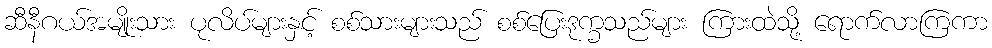
ဆီနီဂယ်အမျိုးသား ပုလိပ်များနှင့် စစ်သားများသည် စစ်ပြေးဒုက္ခသည်များ ကြားထဲသို့ ရောက်လာကြကာ